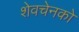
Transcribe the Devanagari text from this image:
शेवचेनको